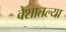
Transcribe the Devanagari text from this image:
वेशातल्या